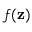
f ( \mathbf { z } )